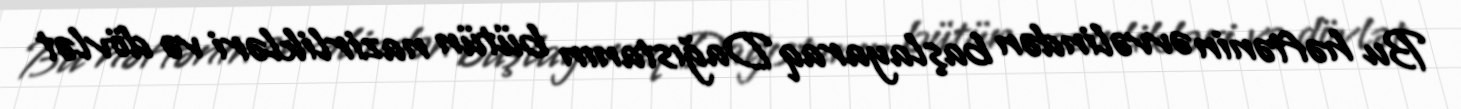
Bu həftənin əvvəlindən başlayaraq Dağıstanın bütün nazirlikləri və dövlət